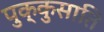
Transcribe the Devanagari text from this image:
पुक्कुसाति